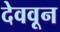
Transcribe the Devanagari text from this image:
देववून